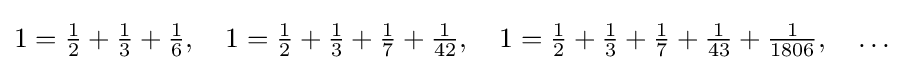
1={\tfrac {1}{2}}+{\tfrac {1}{3}}+{\tfrac {1}{6}},\quad 1={\tfrac {1}{2}}+{\tfrac {1}{3}}+{\tfrac {1}{7}}+{\tfrac {1}{42}},\quad 1={\tfrac {1}{2}}+{\tfrac {1}{3}}+{\tfrac {1}{7}}+{\tfrac {1}{43}}+{\tfrac {1}{1806}},\quad \dots